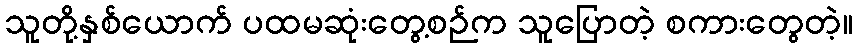
သူတို့နှစ်ယောက် ပထမဆုံးတွေ့စဉ်က သူပြောတဲ့ စကားတွေတဲ့။